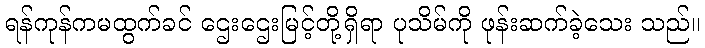
ရန်ကုန်ကမထွက်ခင် ဌေးဌေးမြင့်တို့ရှိရာ ပုသိမ်ကို ဖုန်းဆက်ခဲ့သေး သည်။